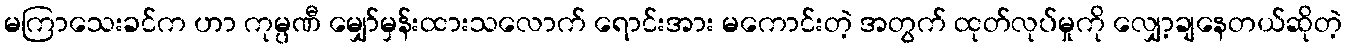
မကြာသေးခင်က ဟာ ကုမ္ပဏီ မျှော်မှန်းထားသလောက် ရောင်းအား မကောင်းတဲ့ အတွက် ထုတ်လုပ်မှုကို လျှော့ချနေတယ်ဆိုတဲ့